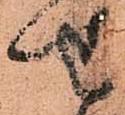
せ